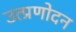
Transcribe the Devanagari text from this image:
उत्प्रणोदन